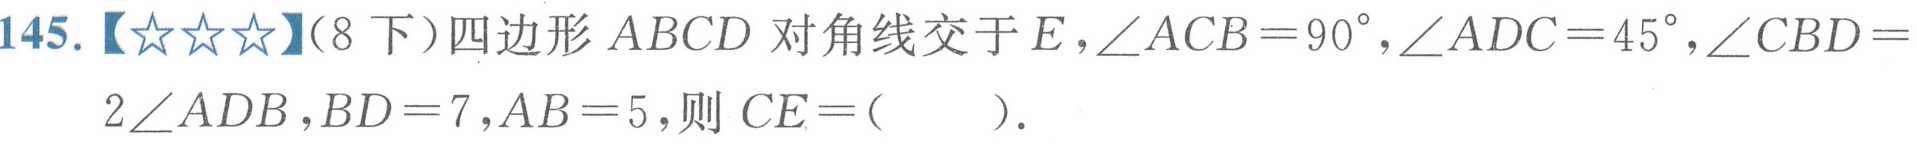
145.【★★★】(8下）四边形 \(ABCD\) 对角线交于 \(E\)，\(\angle ACB = 90^{\circ}\)，\(\angle ADC = 45^{\circ}\)，\(\angle CBD = 2\angle ADB\)，\(BD = 7\)，\(AB = 5\)，则 \(CE=(\ \ \ \ \ )\)．